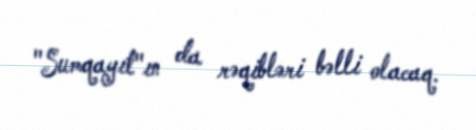
"Sumqayıt"ın da rəqibləri bəlli olacaq.